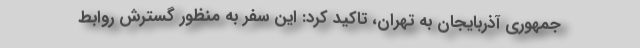
جمهوری آذربایجان به تهران، تاکید کرد: این سفر به منظور گسترش روابط